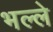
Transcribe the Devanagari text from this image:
भल्ले